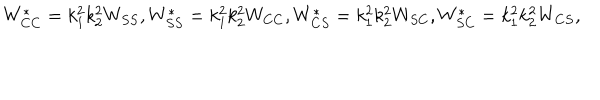
W _ { C C } ^ { * } = k _ { 1 } ^ { 2 } k _ { 2 } ^ { 2 } W _ { S S } , W _ { S S } ^ { * } = k _ { 1 } ^ { 2 } k _ { 2 } ^ { 2 } W _ { C C } , W _ { C S } ^ { * } = k _ { 1 } ^ { 2 } k _ { 2 } ^ { 2 } W _ { S C } , W _ { S C } ^ { * } = k _ { 1 } ^ { 2 } k _ { 2 } ^ { 2 } W _ { C S } ,